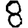
Digit: 8